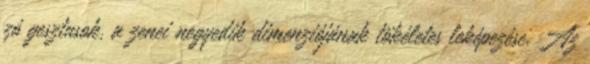
zó gesztusok, a zenei negyedik dimenziójának tökéletes leképezése. Az